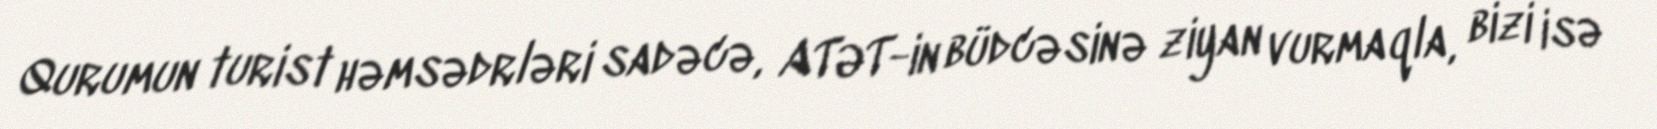
Qurumun turist həmsədrləri sadəcə, ATƏT-in büdcəsinə ziyan vurmaqla, bizi isə